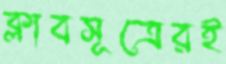
ক্লাবসূত্রেরই